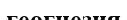
геогнезия